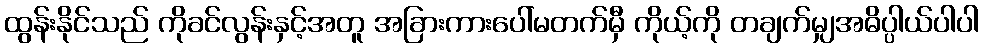
ထွန်းနိုင်သည် ကိုခင်လွန်းနှင့်အတူ အခြားကားပေါ်မတက်မှီ ကိုယ့်ကို တချက်မျှအဓိပ္ပါယ်ပါပါ